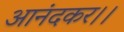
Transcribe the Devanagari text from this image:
आनंदकर।।